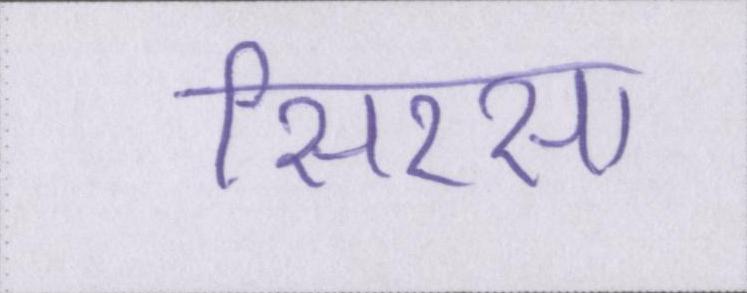
सिरसा